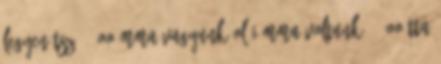
legyen tsz 1. oo-mma vagyunk ol-i-mma voltunk 2. oo-tta